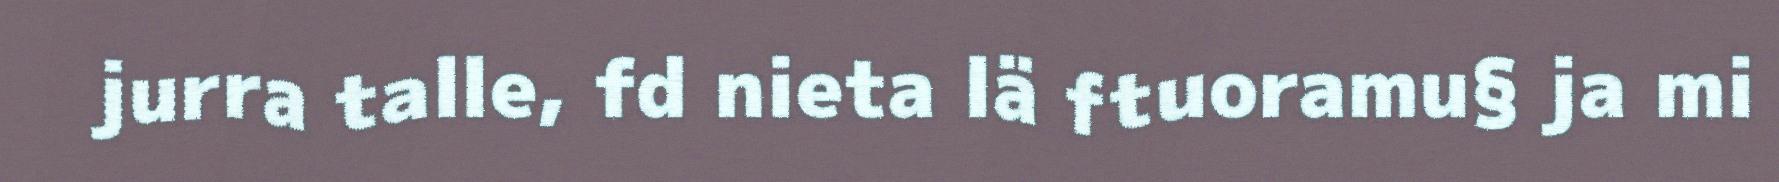
jurra talle, fd nieta lä ftuoramu§ ja mi